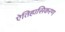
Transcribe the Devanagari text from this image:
ऐतिहासिकरण